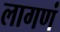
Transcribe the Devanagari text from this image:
लागणं